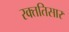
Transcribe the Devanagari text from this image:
रक्ततिसार